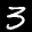
Digit: 3